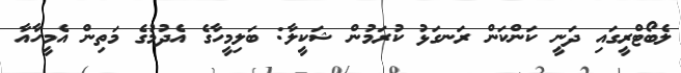
ލެބޯޓްރީގައި ދަނީ ކަންކަން ރަނގަޅު ކުރަމުން ޝަކީލާ: ބަލިމީހާގެ އެދުމުގެ މަތިން އެމީހާއާ